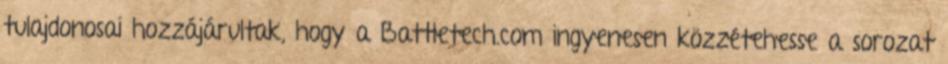
tulajdonosai hozzájárultak, hogy a Battletech.com ingyenesen közzétehesse a sorozat